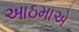
આઠમાએ